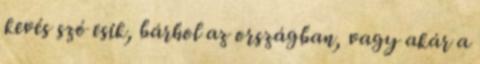
kevés szó esik, bárhol az országban, vagy akár a